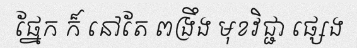
ផ្នែក ក៏ នៅតែ ពង្រឹង មុខវិជ្ជា ផ្សេង